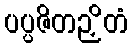
ပပ္ပဇိတဉှိတံ